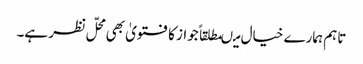
تاہم ہمارے خیال میںمطلقاً جواز کا فتویٰ بھی محلّ نظر ہے۔